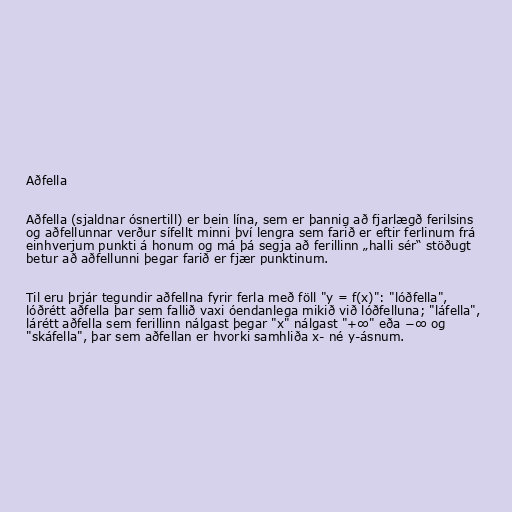
Aðfella

Aðfella (sjaldnar ósnertill) er bein lína, sem er þannig að fjarlægð ferilsins
og aðfellunnar verður sífellt minni því lengra sem farið er eftir ferlinum frá
einhverjum punkti á honum og má þá segja að ferillinn „halli sér“ stöðugt
betur að aðfellunni þegar farið er fjær punktinum.

Til eru þrjár tegundir aðfellna fyrir ferla með föll "y = f(x)": "lóðfella",
lóðrétt aðfella þar sem fallið vaxi óendanlega mikið við lóðfelluna; "láfella",
lárétt aðfella sem ferillinn nálgast þegar "x" nálgast "+∞" eða −∞ og
"skáfella", þar sem aðfellan er hvorki samhliða x- né y-ásnum.